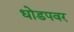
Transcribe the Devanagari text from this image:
धोडपवर